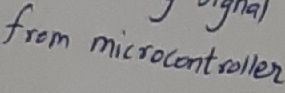
Text: from microcontroller